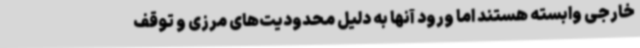
خارجی وابسته هستند اما ورود آنها به دلیل محدودیت‌های مرزی و توقف